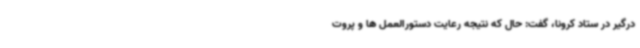
درگیر در ستاد کرونا، گفت: حال که نتیجه رعایت دستورالعمل ها و پروت